Mental hospitals Bombay report 1929-33 - 1929-1933
Year: 1929
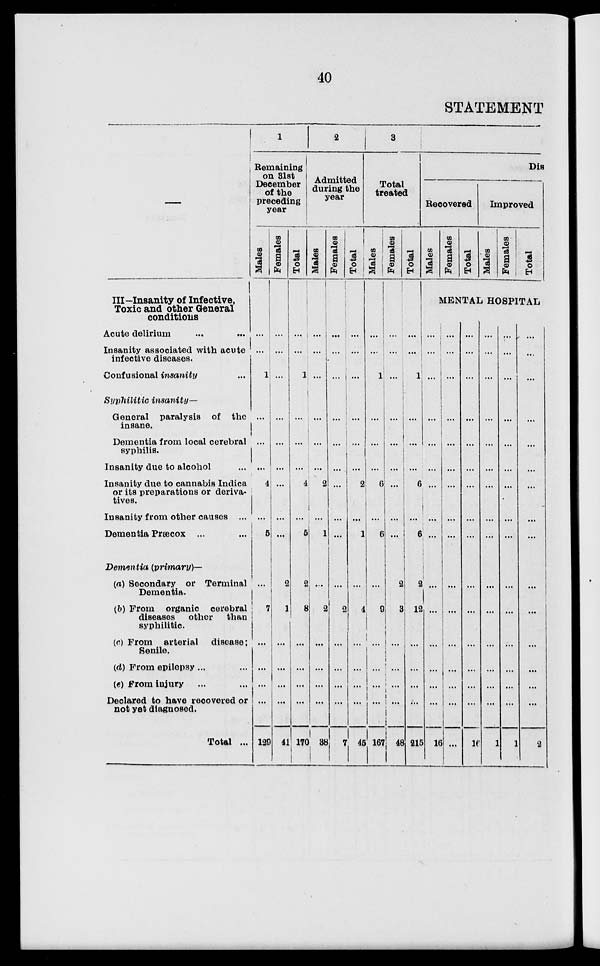
40
STATEMENT
––
III––Insanity of Infective,
Toxic and other General
conditions
Acute delirium ... ...
Insanity associated with acute
infective diseases.
Confusional insanity ...
Syphilitic
insanity—
General paralysis of the
insane.
Dementia from local cerebral
syphilis.
Insanity due to alcohol ...
Insanity due to cannabis Indica
or its preparations or deriva-
tives.
Insanity from other causes ...
Dementia Præcox ... ...
Dementia (primary)—
(a) Secondary or Terminal
Dementia.
(b) From organic cerebral
diseases
other
than
syphilitic.
(c) From arterial disease ;
Senile.
(d) From epilepsy ... ...
(e) From injury ... ...
Declared to have recovered or
not yet diagnosed.
Total ...
1
Remaining
on 31st
December
of the
preceding
year
Males
...
...
1
...
...
...
4
...
5
...
7
...
...
...
...
129
Females
...
...
...
...
...
...
...
...
2
1
...
...
...
...
41
Total
...
...
1
...
...
...
4
...
5
2
8
...
...
...
...
170
2
Admitted
during the
year
Males
...
...
...
...
...
...
2
...
1
...
2
...
...
...
...
38
Females
...
...
...
...
...
...
...
...
...
...
2
...
...
...
...
7
Total
...
...
...
...
...
...
2
...
1
...
4
...
...
...
...
45
3
Total
treated
Males
...
...
1
...
...
...
6
...
6
...
9
...
...
...
...
167
Females
...
...
...
...
...
...
...
...
...
2
3
...
...
...
...
48
Total
...
...
1
...
...
...
6
...
6
2
12
...
...
...
...
215
Dis
Recovered
Males
Females
Total
Improved
Males
Females
Total
MENTAL HOSPITAL
...
...
...
...
...
...
...
...
...
...
...
...
...
...
...
16
...
...
...
...
...
...
...
...
...
...
...
...
...
...
...
...
...
...
...
...
...
...
...
...
...
...
...
...
...
...
...
16
...
...
...
...
...
...
...
...
...
...
...
...
...
...
...
1
...
...
...
...
...
...
...
...
...
...
...
...
...
...
...
1
...
...
...
...
...
...
...
...
...
...
...
...
...
...
2